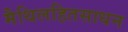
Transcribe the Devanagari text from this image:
मैथिलहितसाधन